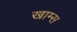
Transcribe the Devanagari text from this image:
खाम्स